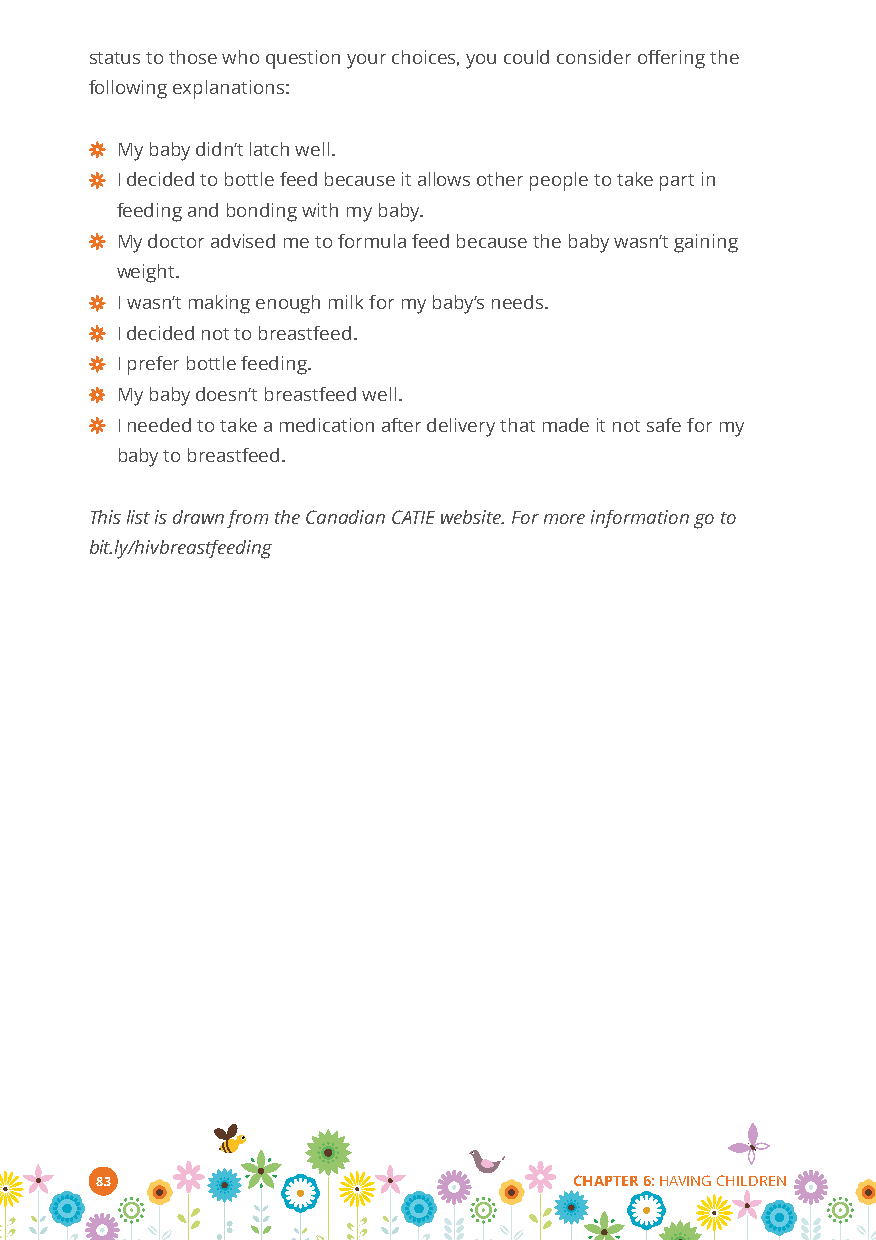
status to those who question your choices, you could consider offering the
 following explanations:
 My baby didn’t latch well.
 I decided to bottle feed because it allows other people to take part in
 feeding and bonding with my baby.
 My doctor advised me to formula feed because the baby wasn’t gaining
 weight.
 I wasn’t making enough milk for my baby’s needs.
 I decided not to breastfeed.
 I prefer bottle feeding.
 My baby doesn’t breastfeed well.
 I needed to take a medication after delivery that made it not safe for my
 baby to breastfeed.
 This list is drawn from the Canadian CATIE website. For more information go to
 bit.ly/hivbreastfeeding
 83                              CHAPTER 6:HAVING CHILDREN